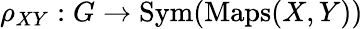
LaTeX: \rho_{XY}:G\to\operatorname{Sym}(\operatorname{Maps}(X,Y))